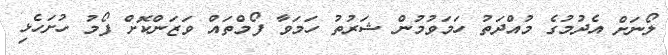
ލޯނަށް އެދުމުގެ މުއްދަތު ހަމަވުމުން ޝަރުތު ހަމަވާ ފޯމްތައް ވަޒަންކޮށް ފޯމު ހުށަހެޅި